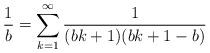
LaTeX: \begin{align*}\frac{1}{b}=\sum_{k=1}^{\infty}{\frac{1}{(bk+1)(bk+1-b)}} \end{align*}